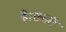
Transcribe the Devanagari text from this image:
है।छतरी